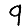
Digit: 9